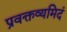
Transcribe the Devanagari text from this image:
प्रवक्तव्यमिदं